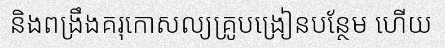
និងពង្រឹងគរុកោសល្យគ្រូបង្រៀនបន្ថែម ហើយ